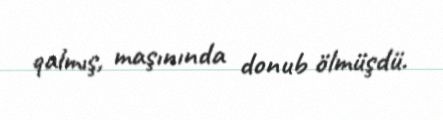
qalmış, maşınında donub ölmüşdü.